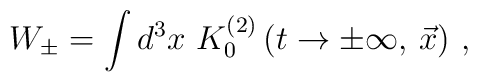
W_\pm = \int d^3x\,\, K_0^{(2)}\left( t \to  \pm\infty, \, {\vec x}\right)\,,